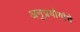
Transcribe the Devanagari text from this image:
अनुप्रयोगांचे